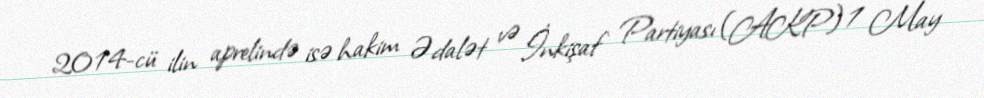
2014-cü ilin aprelində isə hakim Ədalət və İnkişaf Partiyası (AKP) 1 May